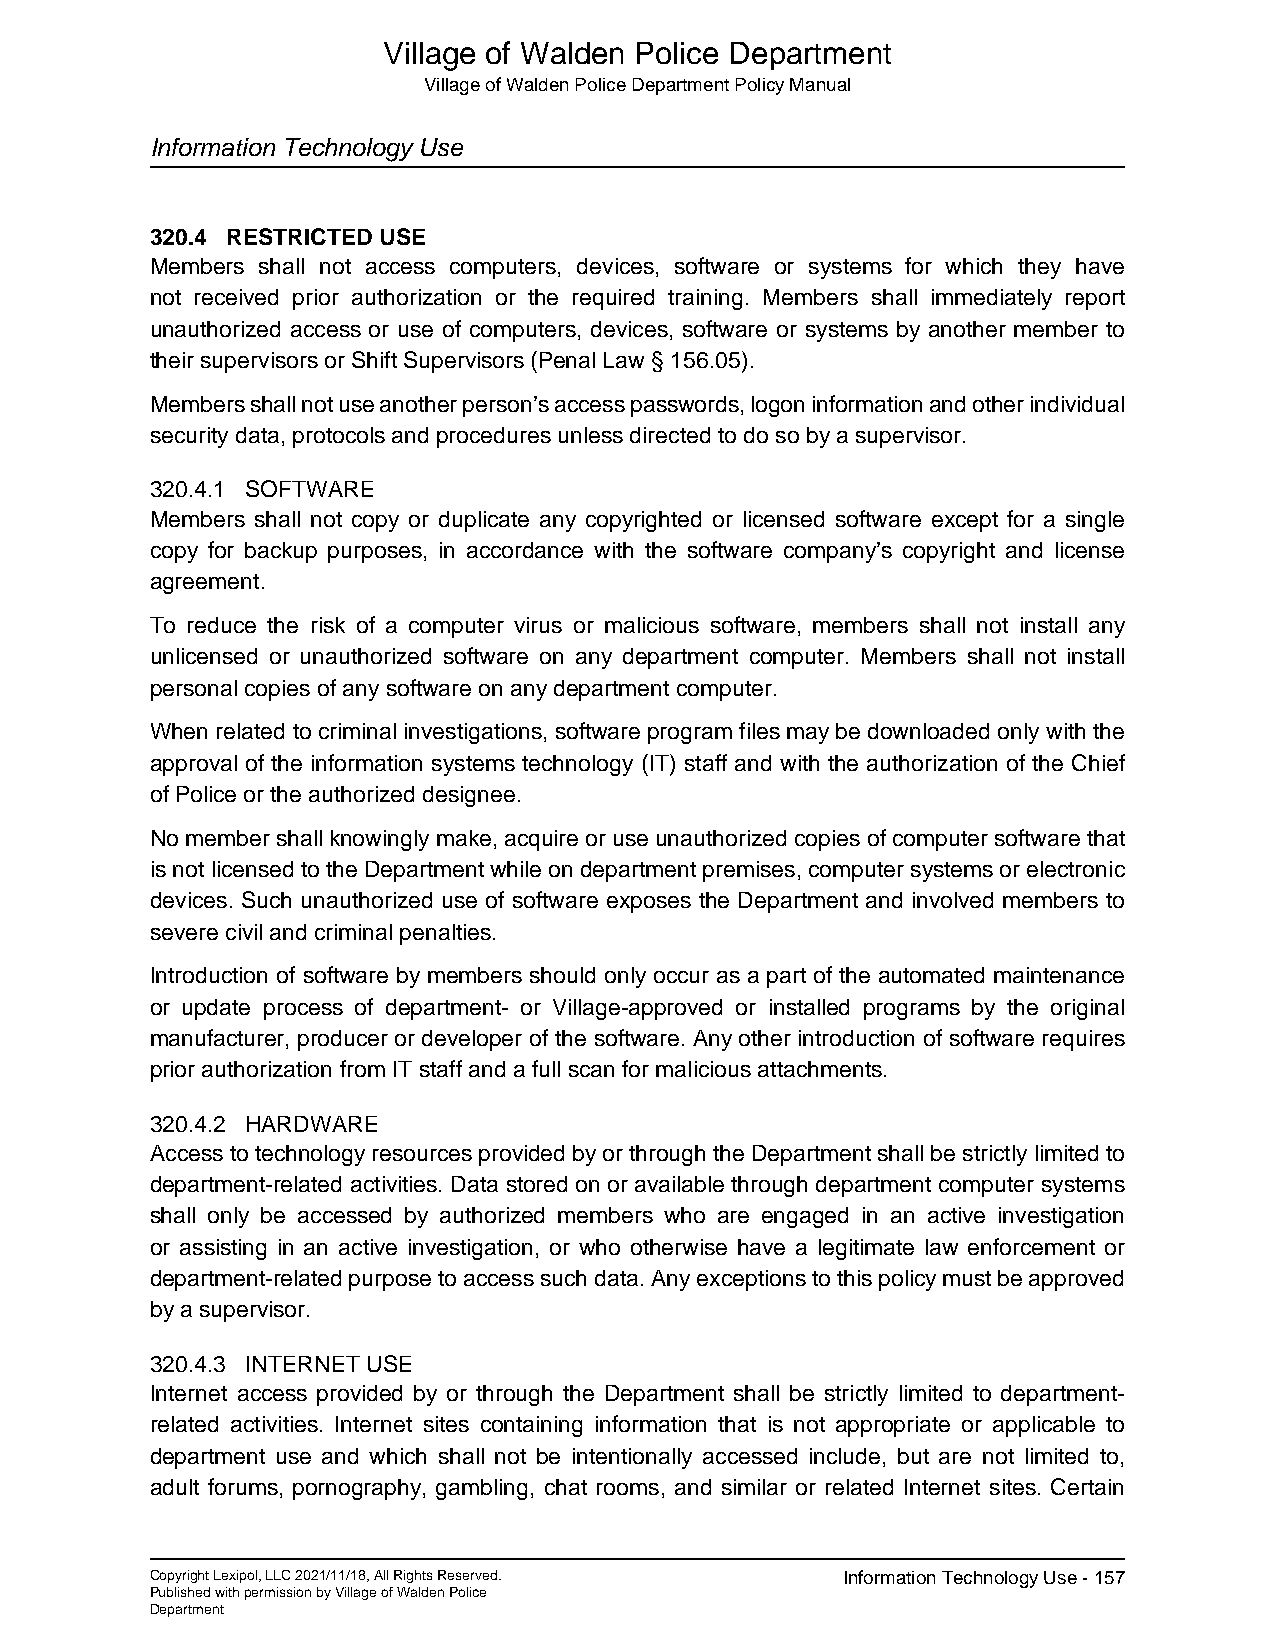
Village of Walden Police Department
 Village of Walden Police Department Policy Manual
 Information Technology Use
 320.4 RESTRICTED USE
 Members shall not access computers, devices, software or systems for which they have
 not received prior authorization or the required training. Members shall immediately report
 unauthorized access or use of computers, devices, software or systems by another member to
 their supervisors or Shift Supervisors (Penal Law § 156.05).
 Members shall not use another person’s access passwords, logon information and other individual
 security data, protocols and procedures unless directed to do so by a supervisor.
 320.4.1 SOFTWARE
 Members shall not copy or duplicate any copyrighted or licensed software except for a single
 copy for backup purposes, in accordance with the software company’s copyright and license
 agreement.
 To reduce the risk of a computer virus or malicious software, members shall not install any
 unlicensed or unauthorized software on any department computer. Members shall not install
 personal copies of any software on any department computer.
 When related to criminal investigations, software program files may be downloaded only with the
 approval of the information systems technology (IT) staff and with the authorization of the Chief
 of Police or the authorized designee.
 No member shall knowingly make, acquire or use unauthorized copies of computer software that
 is not licensed to the Department while on department premises, computer systems or electronic
 devices. Such unauthorized use of software exposes the Department and involved members to
 severe civil and criminal penalties.
 Introduction of software by members should only occur as a part of the automated maintenance
 or update process of department- or Village-approved or installed programs by the original
 manufacturer, producer or developer of the software. Any other introduction of software requires
 prior authorization from IT staff and a full scan for malicious attachments.
 320.4.2 HARDWARE
 Access to technology resources provided by or through the Department shall be strictly limited to
 department-related activities. Data stored on or available through department computer systems
 shall only be accessed by authorized members who are engaged in an active investigation
 or assisting in an active investigation, or who otherwise have a legitimate law enforcement or
 department-related purpose to access such data. Any exceptions to this policy must be approved
 by a supervisor.
 320.4.3 INTERNET USE
 Internet access provided by or through the Department shall be strictly limited to department-
 related activities. Internet sites containing information that is not appropriate or applicable to
 department use and which shall not be intentionally accessed include, but are not limited to,
 adult forums, pornography, gambling, chat rooms, and similar or related Internet sites. Certain
 Copyright Lexipol, LLC 2021/11/18, All Rights Reserved. Information Technology Use - 157
 Published with permission by Village of Walden Police
 Department